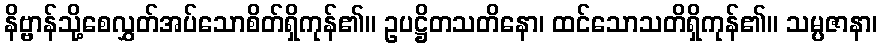
နိဗ္ဗာန်သို့စေလွှတ်အပ်သောစိတ်ရှိကုန်၏။ ဥပဋ္ဌိတသတိနော၊ ထင်သောသတိရှိကုန်၏။ သမ္ပဇာနာ၊